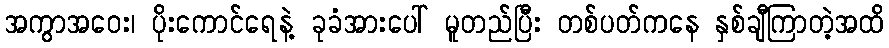
အကွာအဝေး၊ ပိုးကောင်ရေနဲ့ ခုခံအားပေါ် မူတည်ပြီး တစ်ပတ်ကနေ နှစ်ချီကြာတဲ့အထိ